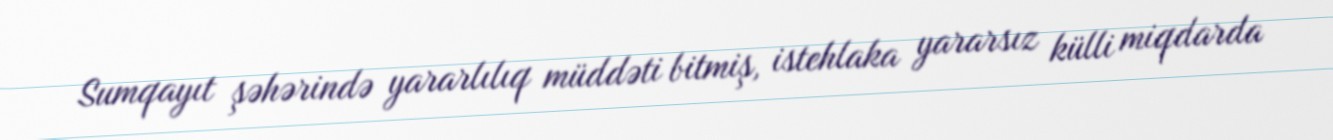
Sumqayıt şəhərində yararlılıq müddəti bitmiş, istehlaka yararsız külli miqdarda